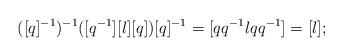
LaTeX: \begin{align*}([q]^{-1})^{-1}([q^{-1}][l][q])[q]^{-1}=[qq^{-1}lqq^{-1}]=[l];\end{align*}